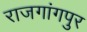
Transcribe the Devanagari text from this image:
राजगांगपुर